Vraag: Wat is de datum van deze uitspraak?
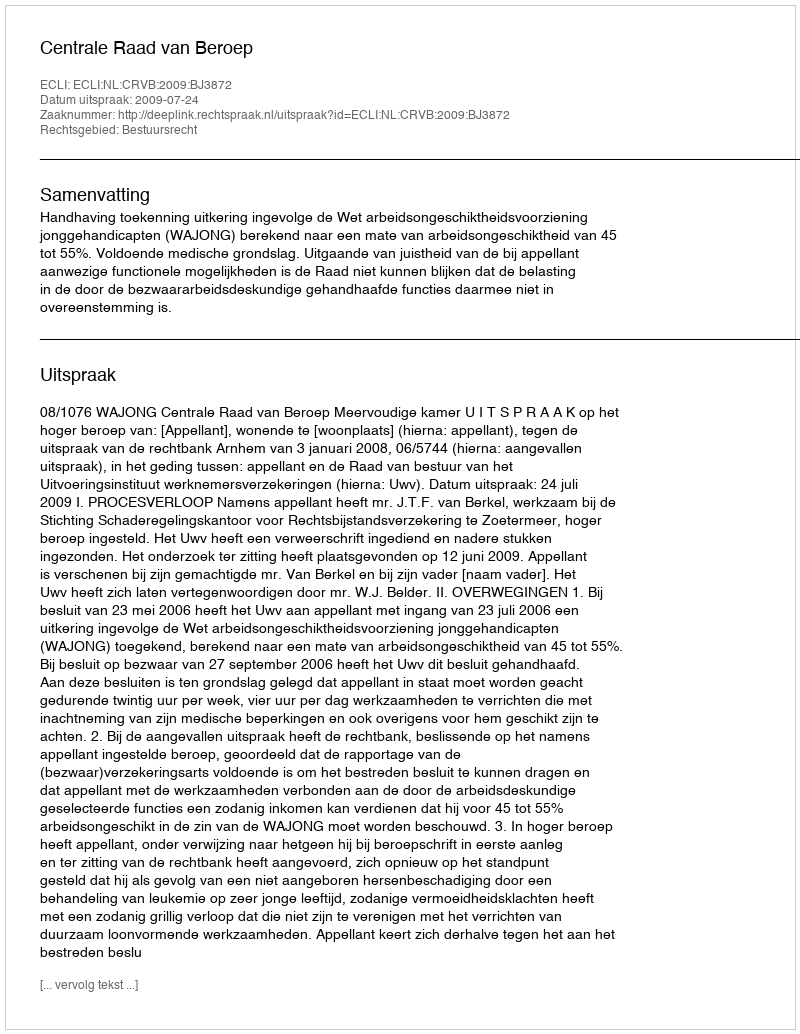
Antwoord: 2009-07-24